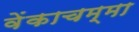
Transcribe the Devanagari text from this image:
वेंकाचम्मा